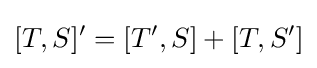
[T,S]^{\prime }=[T^{\prime },S]+[T,S^{\prime }]